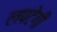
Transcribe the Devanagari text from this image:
लपटेगी